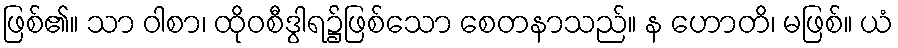
ဖြစ်၏။ သာ ဝါစာ၊ ထိုဝစီဒွါရ၌ဖြစ်သော စေတနာသည်။ န ဟောတိ၊ မဖြစ်။ ယံ